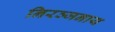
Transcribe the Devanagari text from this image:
निरञ्जनाय